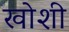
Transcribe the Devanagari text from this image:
खोशी